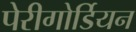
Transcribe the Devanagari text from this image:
पेरीगोर्डियन